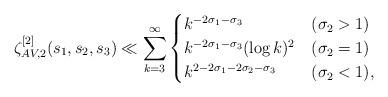
LaTeX: \begin{align*}\zeta_{AV,2}^{[2]} (s_1,s_2,s_3) &\ll \sum_{k=3}^\infty\begin{cases}k^{-2\sigma_1-\sigma_3} & (\sigma_2>1) \\k^{-2\sigma_1-\sigma_3} (\log k)^2 & (\sigma_2=1) \\k^{2-2\sigma_1-2\sigma_2-\sigma_3} & (\sigma_2<1), \\\end{cases}\end{align*}